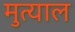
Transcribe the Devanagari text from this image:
मुत्याल